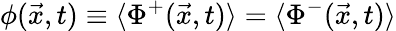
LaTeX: \phi(\vec{x},t)\equiv\langle\Phi^{+}(\vec{x},t)\rangle=\langle\Phi^{-}(\vec{x},t)\rangle